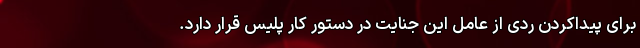
برای پیداکردن ردی از عامل این جنایت در دستور کار پلیس قرار دارد.